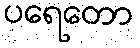
ပရေတော